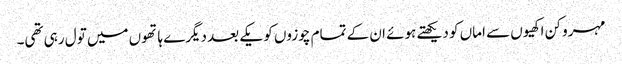
مہرو کن اکھیوں سے اماں کو دیکھتے ہوئے ان کے تمام چوزوں کو یکے بعد دیگرے ہاتھوں میں تول رہی تھی۔